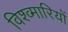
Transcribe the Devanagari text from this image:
विश्व्मारियों